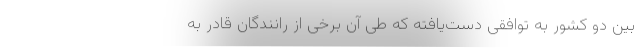
بین دو کشور به توافقی دست‌یافته که طی آن برخی از رانندگان قادر به